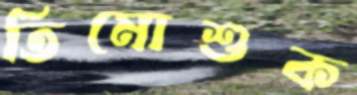
তিমোশুক